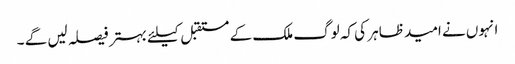
انہوں نے امید ظاہر کی کہ لوگ ملک کے مستقبل کیلئے بہتر فیصلہ لیں گے ۔